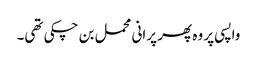
واپسی پر وہ پھر پرانی محمل بن چکی تھی۔